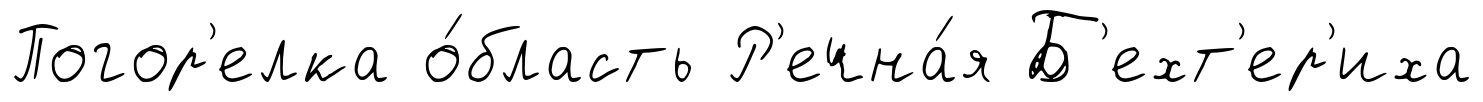
Погор'елка о́бласть Р'ечна́я Б'ехт'ер'иха